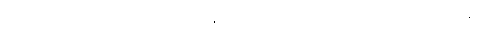
ဘဝရဲကအတိတ်ကိုမေ့၊ ပစ္စုပ္ပန်ကိုကြည်နူး၊ အနာဂတ်ကို မြှော်မှန်းပြီး ကြည်လင် သောမနောကို